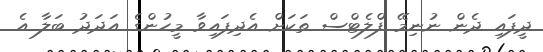
ދީފައި ދެން ނުނިމޭ ފްލެޓްސް ތަކަށް އެދިފައިވާ މީހުންގެ އަދަދު ބަލާ އެ